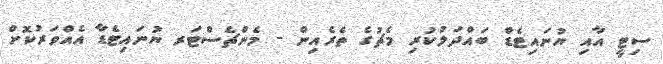
ސިޓީ އާއި ޔުނައިޓެޑް ބައްދަލުކުރި މެޗުގެ ތެރެއިން - މެންޗެސްޓަރ ޔުނައިޓެޑާ އެއްވަރުކޮށް